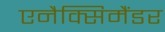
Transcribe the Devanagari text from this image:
एनैक्सिमैंडर